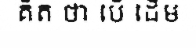
គិត ថា បើ ដើម